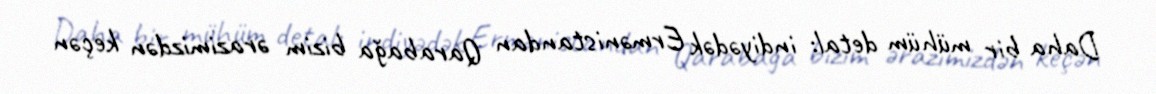
Daha bir mühüm detal: indiyədək Ermənistandan Qarabağa bizim ərazimizdən keçən